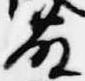
藤